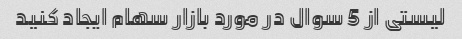
لیستی از 5 سوال در مورد بازار سهام ایجاد کنید